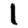
Digit: 1